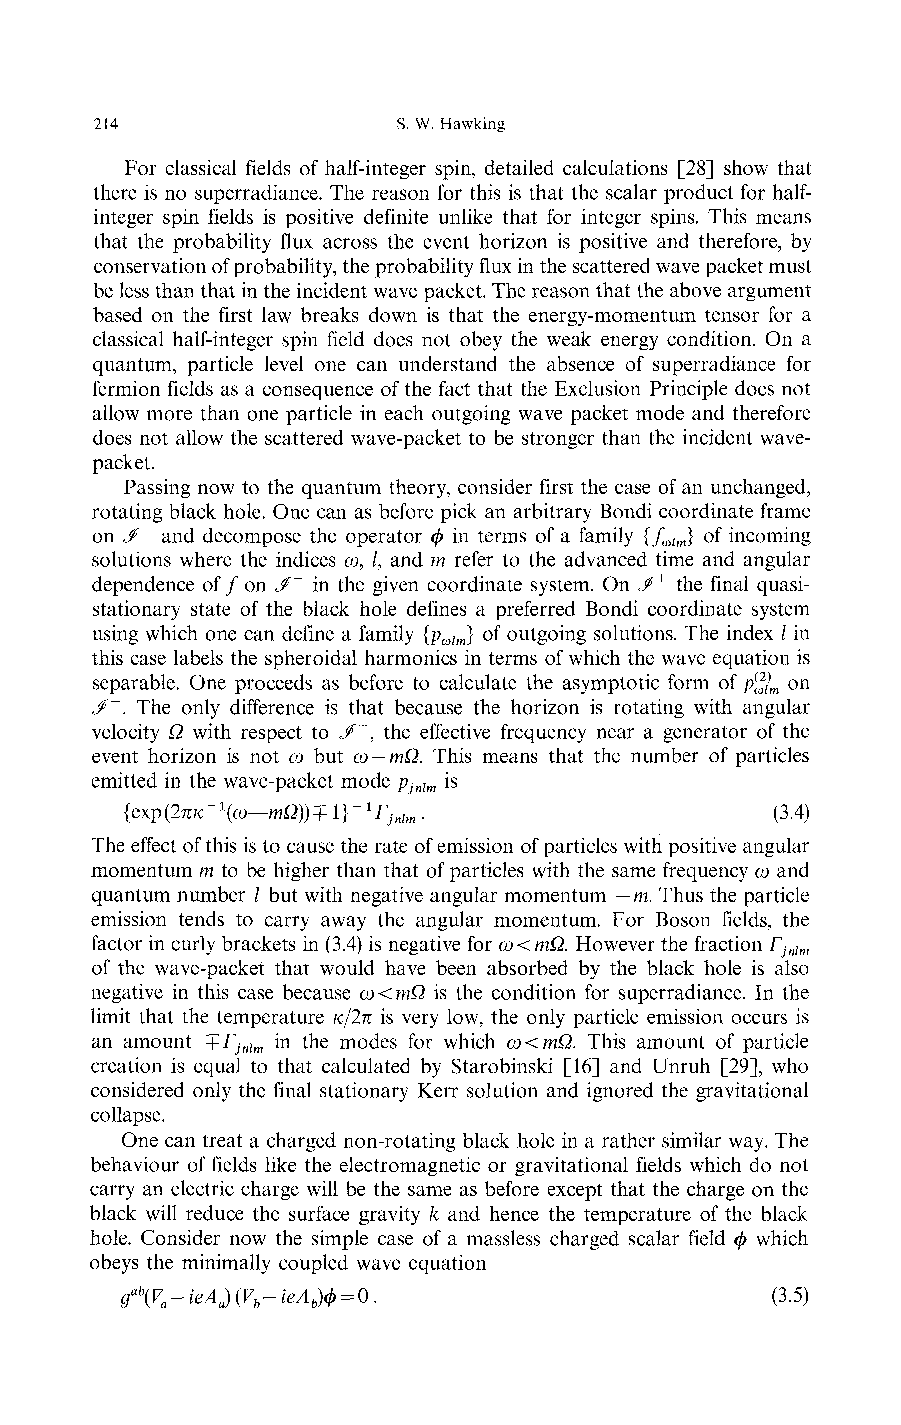
214                 S. W. Hawking
 For classical fields of half-integer spin, detailed calculations [28] show that
 there is no superradiance. The reason for this is that the scalar product for half-
 integer spin fields is positive definite unlike that for integer spins. This means
 that the probability flux across the event horizon is positive and therefore, by
 conservation of probability, the probability flux in the scattered wave packet must
 be less than that in the incident wave packet. The reason that the above argument
 based on the first law breaks down is that the energy-momentum tensor for a
 classical half-integer spin field does not obey the weak energy condition. On a
 quantum, particle level one can understand the absence of superradiance for
 fermion fields as a consequence of the fact that the Exclusion Principle does not
 allow more than one particle in each outgoing wave packet mode and therefore
 does not allow the scattered wave-packet to be stronger than the incident wave-
 packet.
 Passing now to the quantum theory, consider first the case of an unchanged,
 rotating black hole. One can as before pick an arbitrary Bondi coordinate frame
 on </" and decompose the operator φ in terms of a family {/ } of incoming
 ωίm
 solutions where the indices ω, /, and m refer to the advanced time and angular
 dependence of/ on J>~ in the given coordinate system. On J^+ the final quasi-
 stationary state of the black hole defines a preferred Bondi coordinate system
 using which one can define a family {p ι } of outgoing solutions. The index / in
 ωm
 this case labels the spheroidal harmonics in terms of which the wave equation is
 separable. One proceeds as before to calculate the asymptotic form of p$ on
 m
 e/~. The only difference is that because the horizon is rotating with angular
 velocity Ω with respect to </+, the effective frequency near a generator of the
 event horizon is not ω but ω — mΩ. This means that the number of particles
 emitted in the wave-packet mode p is
 jnlm
 {exp(2πκ-\ω-mΩ}} + 1}~lΓ .                (3.4)
 jnlm
 The effect of this is to cause the rate of emission of particles with positive angular
 momentum m to be higher than that of particles with the same frequency ω and
 quantum number / but with negative angular momentum — m. Thus the particle
 emission tends to carry away the angular momentum. For Boson fields, the
 factor in curly brackets in (3.4) is negative for ω<mΩ. However the fraction Γ
 jnlm
 of the wave-packet that would have been absorbed by the black hole is also
 negative in this case because ω<mΩ is the condition for superradiance. In the
 limit that the temperature κ/2π is very low, the only particle emission occurs is
 an amount +Γ in the modes for which ω<mΩ. This amount of particle
 jnlm
 creation is equal to that calculated by Starobinski [16] and Unruh [29], who
 considered only the final stationary Kerr solution and ignored the gravitational
 collapse.
 One can treat a charged non-rotating black hole in a rather similar way. The
 behaviour of fields like the electromagnetic or gravitational fields which do not
 carry an electric charge will be the same as before except that the charge on the
 black will reduce the surface gravity fe and hence the temperature of the black
 hole. Consider now the simple case of a massless charged scalar field φ which
 obeys the minimally coupled wave equation
 ga\V-ieA)(V-ieA}φ = V.                    (3.5)
 a  a b  b